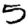
Digit: 5